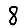
Digit: 8